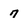
Character: 7